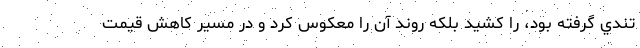
تندي گرفته بود، را كشيد بلكه روند آن را معكوس كرد و در مسير كاهش قيمت